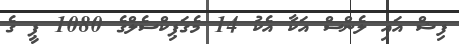
ފިޝް އައި ލެންސް އަކާ އެކު 14 މެގަޕިކްސެލްގެ 1080 ޕީ ގެ